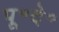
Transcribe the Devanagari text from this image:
पू॰दे॰